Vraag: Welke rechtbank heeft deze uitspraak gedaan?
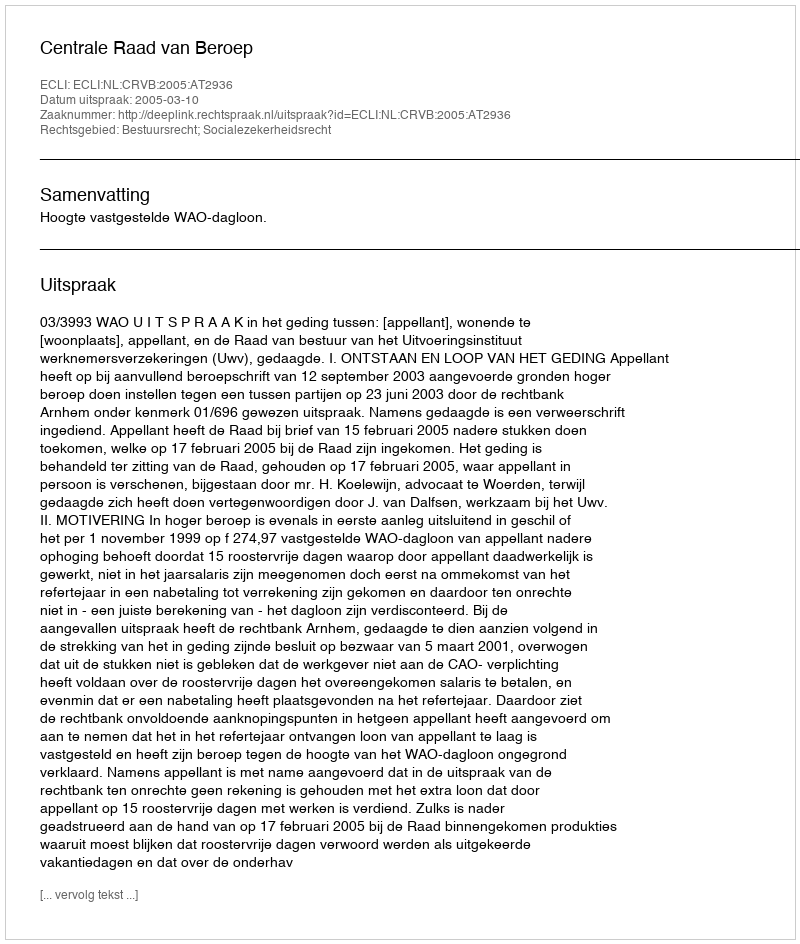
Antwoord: Centrale Raad van Beroep